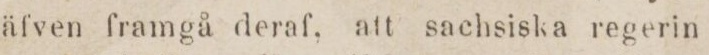
äfven framgå deraf, att sachsiska regerin